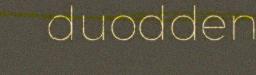
duodden